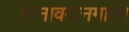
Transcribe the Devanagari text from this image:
रत्नावदानमाला